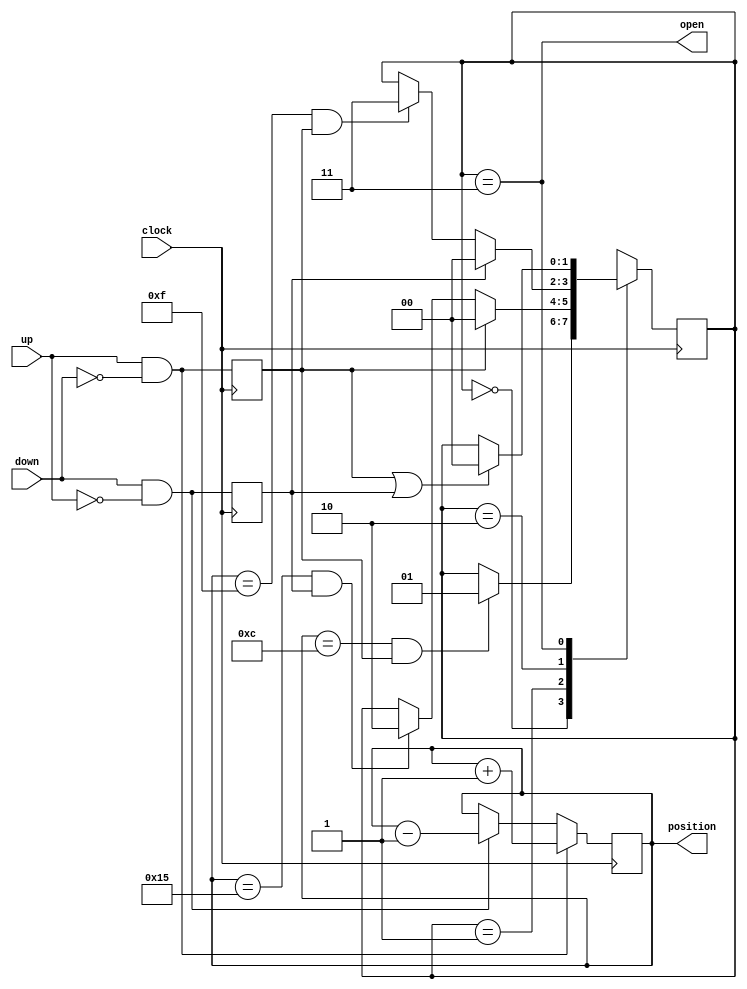
// Simple digital lock.
// The combination is entered by asserting inputs up and down.
// (Pressing both has the same effect as pressing neither.)
// At each clock cycle, if up is 1 and down is 0, the "knob" of the lock is
// turned clockwise by one notch; if up is 0 and down is one, the knob is
// turned counterclockwise by one notch.
// The lock opens if:
//   12 is reached while turning clockwise
//   21 is then reached by turning counterclockwise
//   15 is the reached by turning clockwise
// When this sequence of events occurs, the lock remains open for a least
// one clock cycle, and for as long as the knob does not move from 15.
//
//
module lock(clock,up,down,open,position);
    parameter	   MSB = 9;
    input 	   clock;
    input 	   up;
    input 	   down;
    output 	   open;
    output [MSB:0] position;

    reg [MSB:0]    position;	// 0 - 2**(MSB+1) - 1
    reg [1:0] 	 state;		// number of correct numbers read
    reg 	 upReg;		// latched up
    reg 	 downReg;	// latched down

    initial begin
	position = 0;
	state = 0;
	upReg = 0;
	downReg = 0;
    end

    always @ (posedge clock) begin
	if (up & ~down)
	  position = position + 1;
	else if (down & ~up)
	  position = position - 1;
	upReg = up & ~down;
	downReg = down & ~up;
    end // always @ (posedge clock)

    always @ (posedge clock) begin
	case (state)
	  0: if (position == 12 && upReg)
	    state = 1;
	  1: if (upReg)
	    state = 0;
	  else
	    if (position == 21 && downReg)
	      state = 2;
	  2: if (downReg)
	    state = 0;
	  else
	    if (position == 15 && upReg)
	      state = 3;
	  3: if (upReg || downReg)
	    state = 0;
	endcase // case(state)
    end // always @ (posedge clock)

    assign open = state == 3;

endmodule // lock